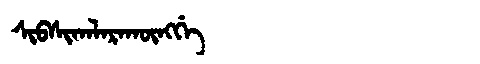
Manchu: ᠰᡳᠪᠰᡳᡴᠠᠯᠠᡵᠠᡴᡡᠩᡤᡝ
Romanization: SIBSIKALARAKŪNGGE